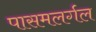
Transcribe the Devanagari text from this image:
पासमलर्गल